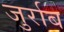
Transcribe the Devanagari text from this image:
जुर्राब